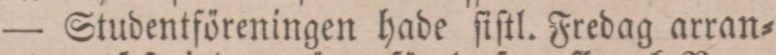
— Studentföreningen hade ſiſtl. Fredag arran=